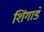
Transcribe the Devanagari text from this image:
शिंगाडे